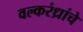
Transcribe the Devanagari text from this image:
वल्करंध्रांचे